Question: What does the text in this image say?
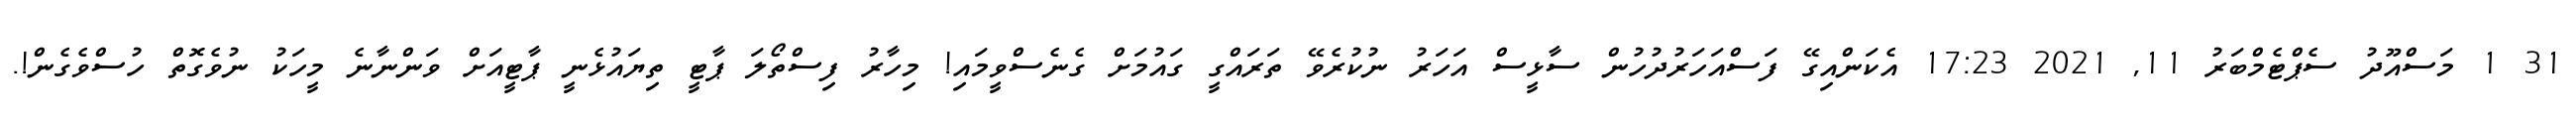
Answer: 31 1 މަސްއޫދު ސެޕްޓެމްބަރު 11, 2021 17:23 އެކަންއިގޭ ފަސްއަހަރުދުހުން ސާޅީސް އަހަރު ނުކުރެވޭ ތަރައްގީ ގައުމަށް ގެނެސްވީމައި! މިހާރު ފިސްތޯލަ ޕާޓީ ތިޔައުޅެނީ ޕާޓީއަށް ވަންނާނެ މީހަކު ނުވެގޮތް ހުސްވެގެން!.